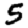
Digit: 5